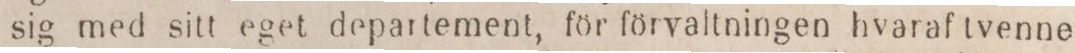
sig med sitt eget departement, för förvaltningen hvaraf tvenne